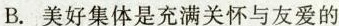
B.美好集体是充满关怀与友爱的